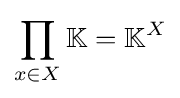
\prod _{x\in X}\mathbb {K} =\mathbb {K} ^{X}